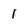
Character: 1